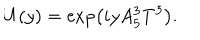
U ( y ) = \exp \left( i y A _ { 5 } ^ { 3 } T ^ { 3 } \right) .